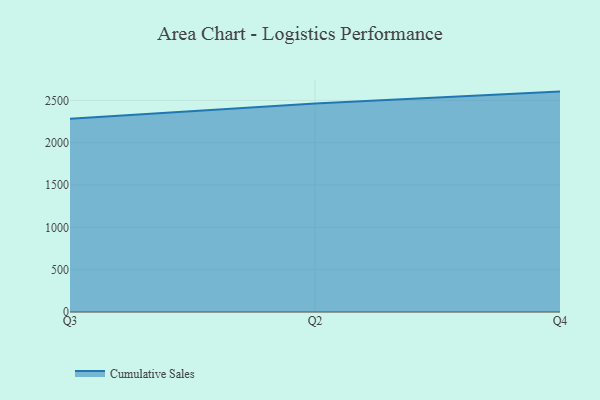
{"axis": {"x": "Quarter", "y": "Revenue (USD Million)"}, "legend": ["Cumulative Sales"], "data": [{"x": "Q3", "y": 2284.2, "type": "Cumulative Sales"}, {"x": "Q2", "y": 2463.0, "type": "Cumulative Sales"}, {"x": "Q4", "y": 2603.8, "type": "Cumulative Sales"}]}